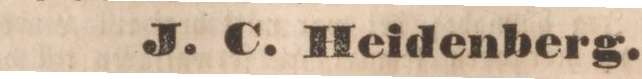
J. C. Heidenberg.